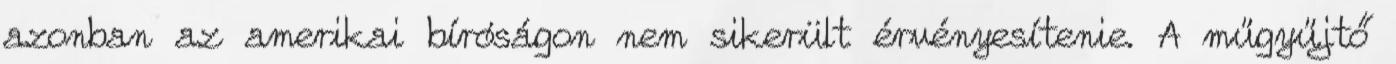
azonban az amerikai bíróságon nem sikerült érvényesítenie. A műgyűjtő